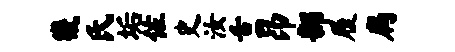
畿氏垢佐史汝舌昂部履扃